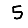
Digit: 5